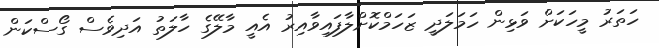
ހަތަރު މީހަކަށް ވަޅިން ހަމަލަދީ ޒަހަމްކޮށްލާފައިވާއިރު އެއީ މާލޭގެ ހާލަތު އަދިވެސް ގޯސްކަން